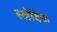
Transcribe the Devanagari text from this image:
स्लेविक